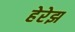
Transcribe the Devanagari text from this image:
हेरेझ